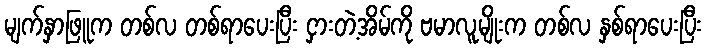
မျက်နှာဖြူက တစ်လ တစ်ရာပေးပြီး ငှားတဲ့အိမ်ကို ဗမာလူမျိုးက တစ်လ နှစ်ရာပေးပြီး